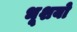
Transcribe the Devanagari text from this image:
भूशयो